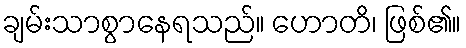
ချမ်းသာစွာနေရသည်။ ဟောတိ၊ ဖြစ်၏။